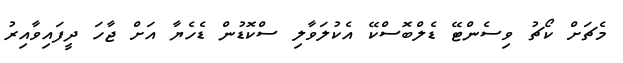
މެޗަށް ކޯޗު ވިސެންޓޭ ޑެލްބޮސްކޭ އެކުލަވާލި ސްކޮޑުން ޑެހެޔާ އަށް ޖާހަ ދީފައިވާއިރު